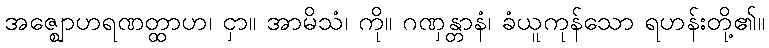
အဇ္ဈောဟရဏတ္ထာဟ၊ ငှာ။ အာမိသံ၊ ကို။ ဂဏှန္တာနံ၊ ခံယူကုန်သော ရဟန်းတို့၏။